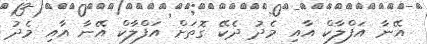
އޭނާ އަފްލާކް އާއި މެދު ދެކޭ ގޮތަށް އަފްލާކް އޭނާ އާއި މެދު